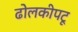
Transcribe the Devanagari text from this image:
ढोलकीपटू